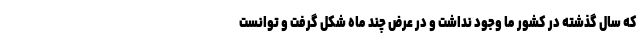
که سال گذشته در کشور ما وجود نداشت و در عرض چند ماه شکل گرفت و توانست